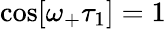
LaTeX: \cos[\omega_{+}\tau_{1}]=1